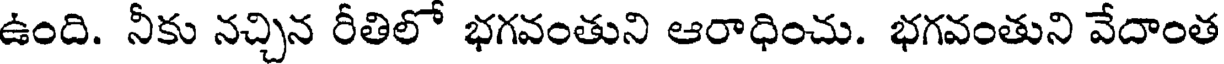
ఉంది. నీకు నచ్చిన రీతిలో భగవంతుని ఆరాధించు. భగవంతుని వేదాంత